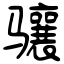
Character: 骧